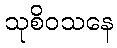
သုစိဝသနေ